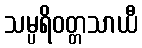
သမ္ပရိဝတ္တသာယီ